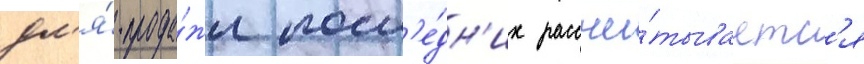
дл'я́ прода́жи посл'е́дн'их рассчи́тываетс'я